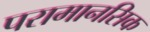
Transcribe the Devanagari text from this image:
परामानसिक